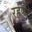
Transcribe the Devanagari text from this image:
रहणी